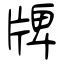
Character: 牌